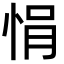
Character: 悁